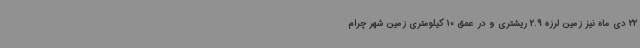
22 دی ماه نیز زمین لرزه 2.9 ریشتری و در عمق 10 کیلومتری زمین شهر چرام